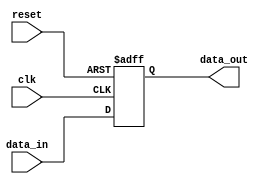
//2017.2.22  posedge reset
module register (clk, data_in, reset, data_out); 
parameter input_size = 32;

input clk, reset;
input [input_size - 1:0] data_in;
output [input_size -1:0] data_out; 

reg [input_size - 1:0] data_out;

 
always @(posedge clk or posedge reset) 
    begin 
        if (reset) 
            data_out <= 32'h00000000; 
        else 
            data_out <= data_in; 
        end 
endmodule